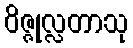
ဝိဇ္ဇုလ္လတာသု